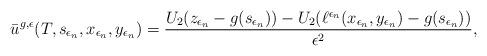
LaTeX: \begin{align*}\bar{u}^{g,\epsilon}(T,s_{\epsilon_{n}},x_{\epsilon_{n}},y_{\epsilon_n})&=\frac{U_2(z_{\epsilon_{n}}-g(s_{\epsilon_{n}}))-U_2(\ell^{\epsilon_{n}}(x_{\epsilon_{n}},y_{\epsilon_{n}})-g(s_{\epsilon_{n}}))}{\epsilon^2},\end{align*}